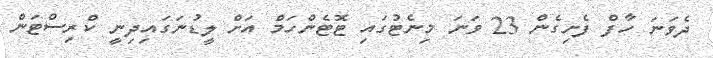
ދެވަނަ ހާފް ފެށިގެން 23 ވަނަ މިނެޓުގައި ޓޮޓެންހަމް އަށް ލީޑުނަގައިދިނީ ކްރިސްޓަން